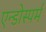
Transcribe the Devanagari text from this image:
एन्डोस्पर्म